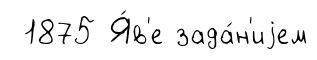
1875 Я́в'е зада́н'иjем